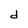
Character: d